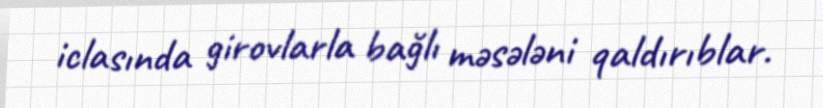
iclasında girovlarla bağlı məsələni qaldırıblar.